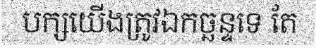
បក្សយើងត្រូវឯកច្ឆន្ទទេ តែ